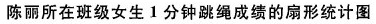
陈丽所在班级女生一分钟跳绳成绩的扇形统计图